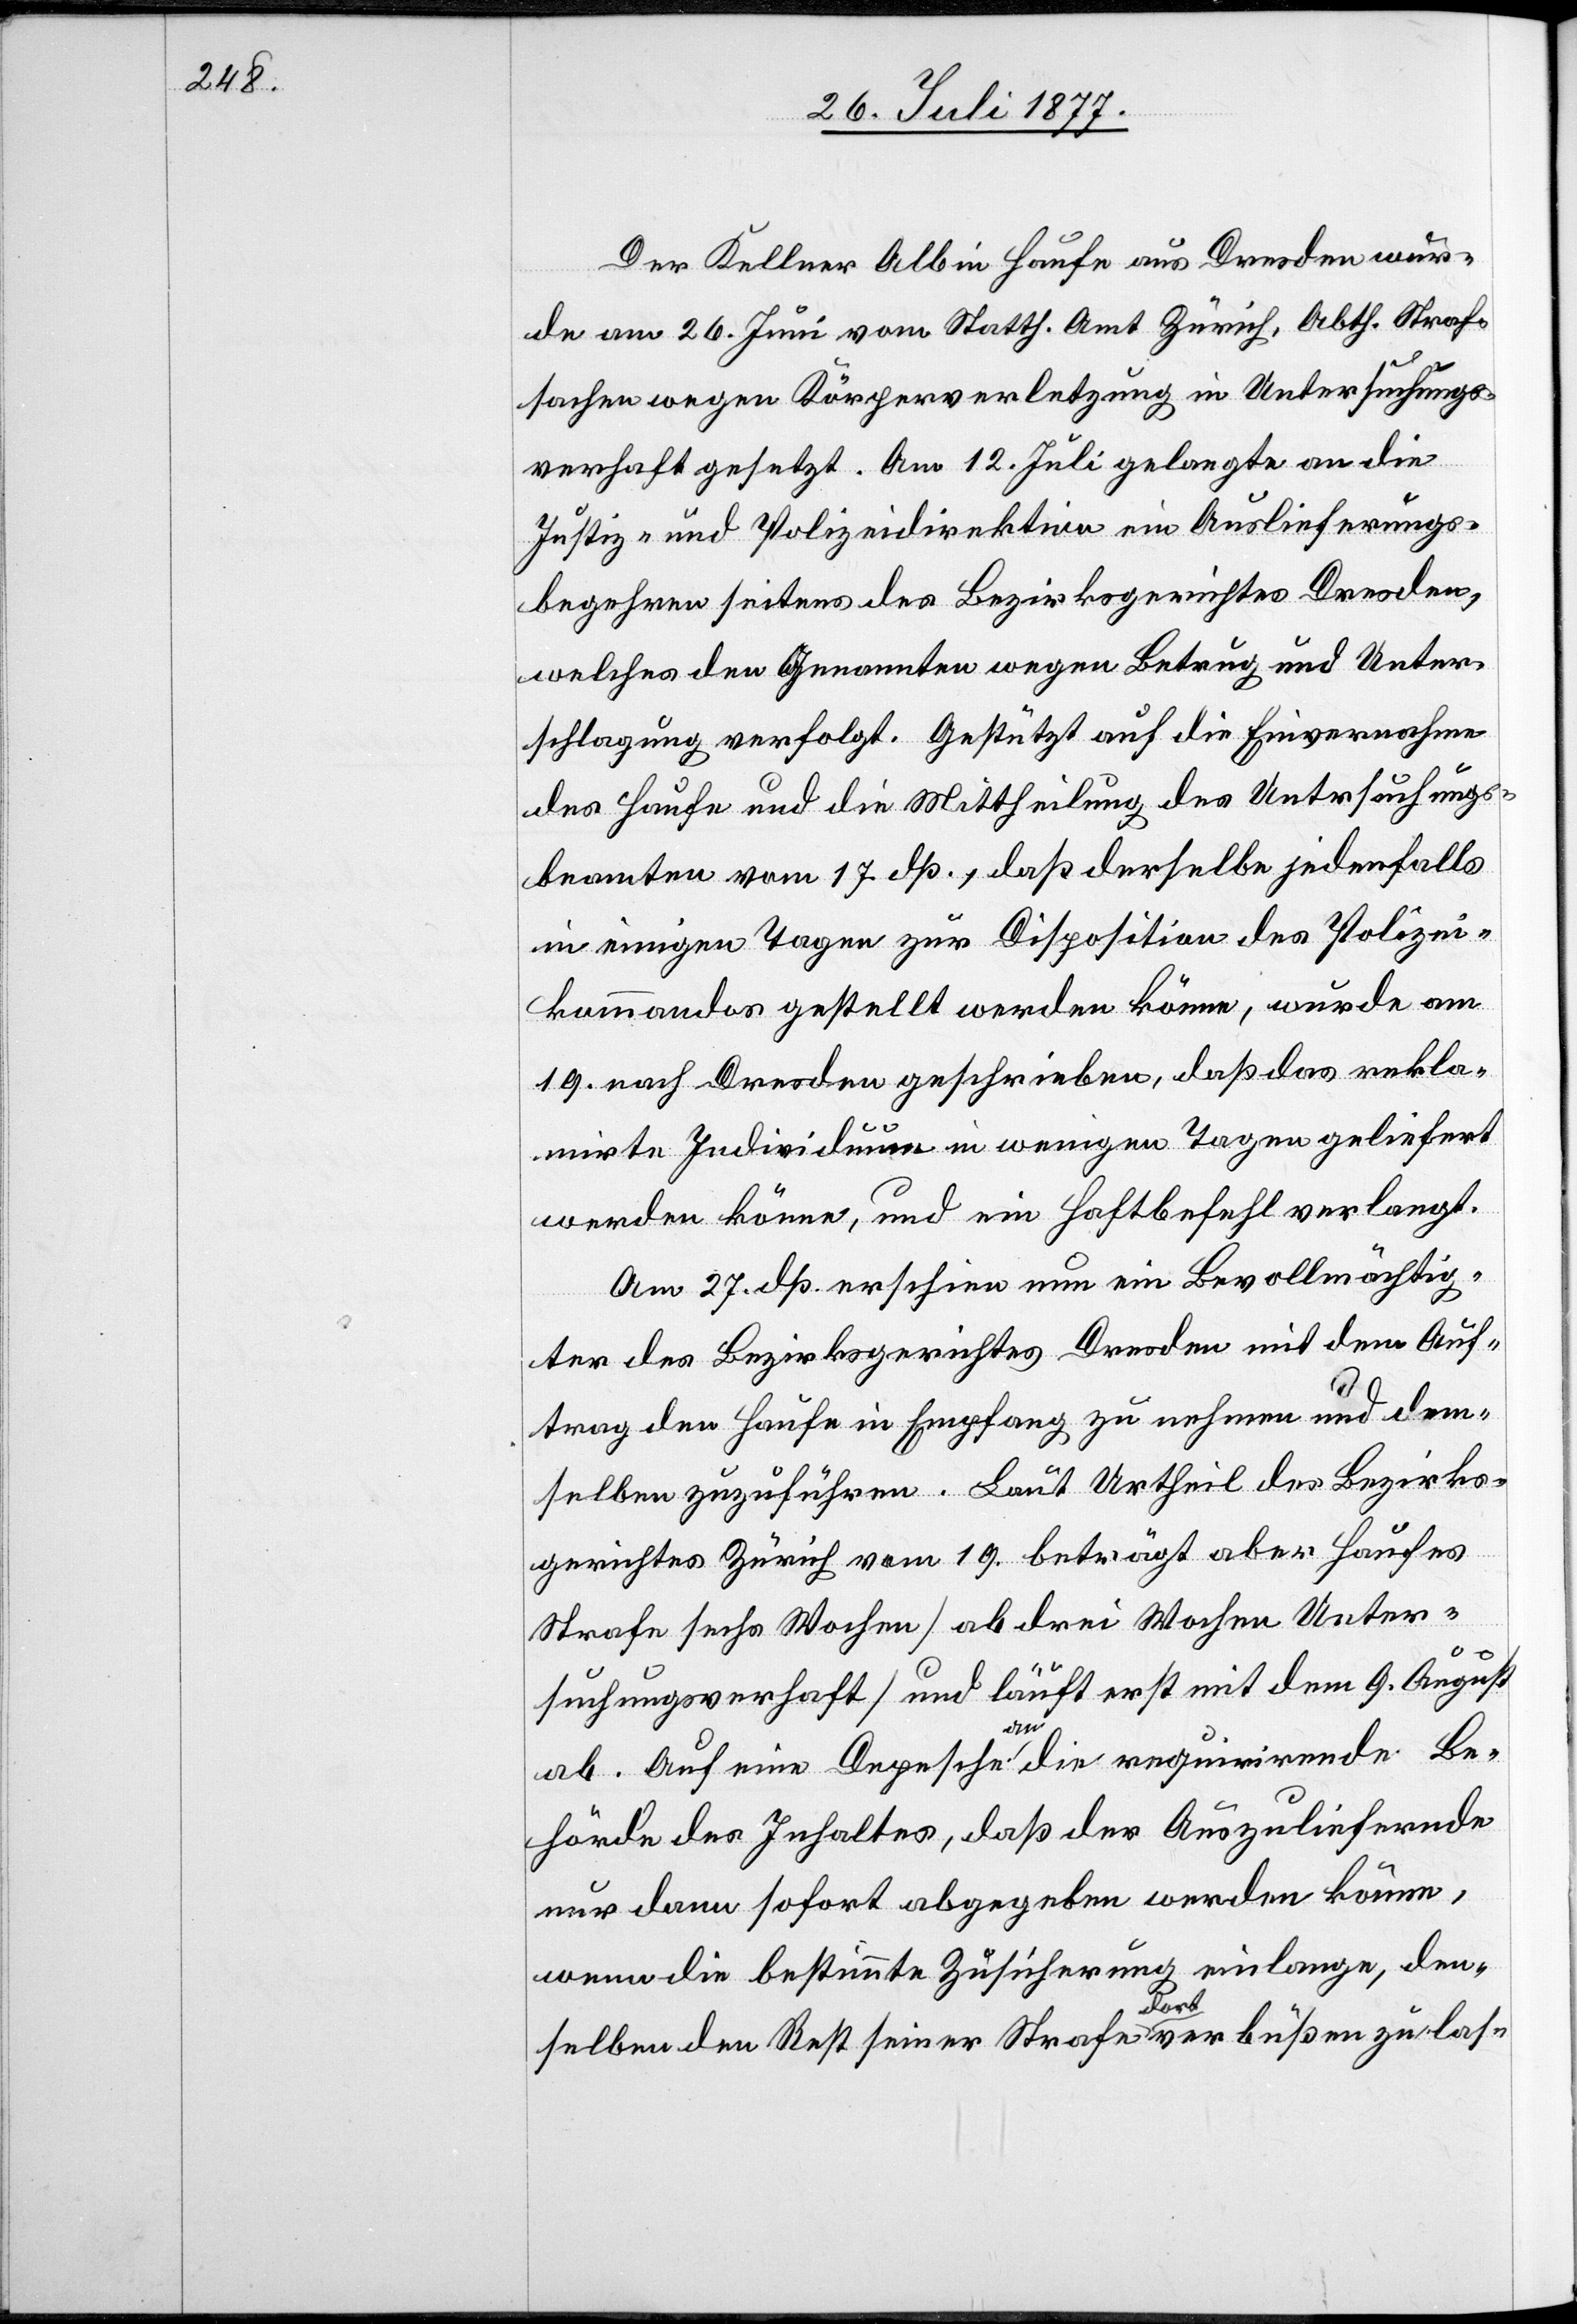
Der Kellner Albin Haufe aus Dresden wur¬
de am 26. Juni vom Statth. Amt Zürich, Abth. Straf¬
sachen wegen Körperverletzung in Untersuchungs¬
verhaft gesetzt. Am 12. Juli gelangte an die
Justiz- und Polizeidirektion ein Auslieferungs¬
begehren seitens des Bezirksgerichtes Dresden,
welches den Genannten wegen Betrug und Unter¬
schlagung verfolgt. Gestützt auf die Einvernahme
des Haufe und die Mittheilung des Untersuchungs¬
beamten vom 17. dß., daß derselbe jedenfalls
in einigen Tagen zur Disposition des Polizei¬
kommandos gestellt werden könne, wurde am
19. nach Dresden geschrieben, daß das rekla¬
mirte Individuum in wenigen Tagen geliefert
werden könne, und ein Haftbefehl verlangt.
Am 27. dß. erschien nun ein Bevollmächtig¬
ter des Bezirksgerichtes Dresden mit dem Auf¬
trag den Haufe in Empfang zu nehmen und dem¬
selben zuzuführen. Laut Urtheil des Bezirks¬
gerichtes Zürich vom 19. beträgt aber Haufes
Strafe sechs Wochen [ab drei Wochen Unter¬
suchungsverhaft] und läuft erst mit dem 9. August
ab. Auf eine Depesche an die requirirende Be¬
hörde des Inhaltes, daß der Auszuliefernde
nur dann sofort abgegeben werden könne,
wenn die bestimmte Zusicherung einlange, den¬
selben den Rest seiner Strafe dort verbüßen zu las-